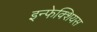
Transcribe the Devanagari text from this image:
इन्फेक्शियस